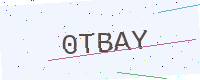
Text: 0TBAY